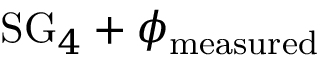
\mathrm { S G } _ { 4 } + \phi _ { \mathrm { m e a s u r e d } }